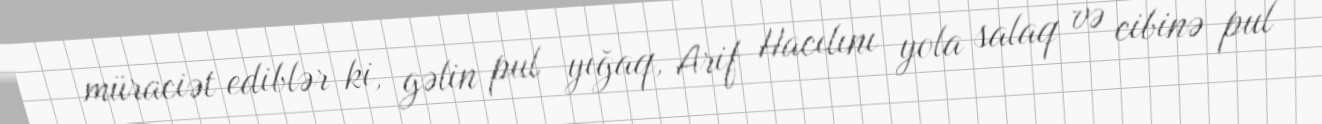
müraciət ediblər ki, gəlin pul yığaq, Arif Hacılını yola salaq və cibinə pul